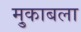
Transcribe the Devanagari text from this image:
मु्काबला